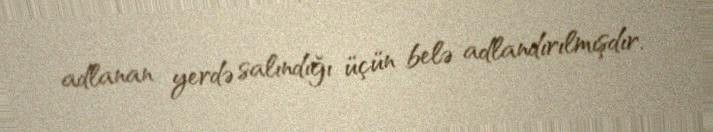
adlanan yerdə salındığı üçün belə adlandırılmışdır.